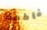
فاطمة